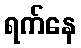
ရက်နေ